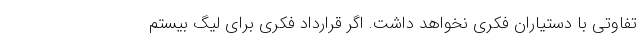
تفاوتی با دستیاران فکری نخواهد داشت. اگر قرارداد فکری برای لیگ بیستم